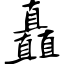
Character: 矗